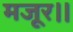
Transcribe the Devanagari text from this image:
मजूर।।